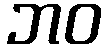
ဘဝ